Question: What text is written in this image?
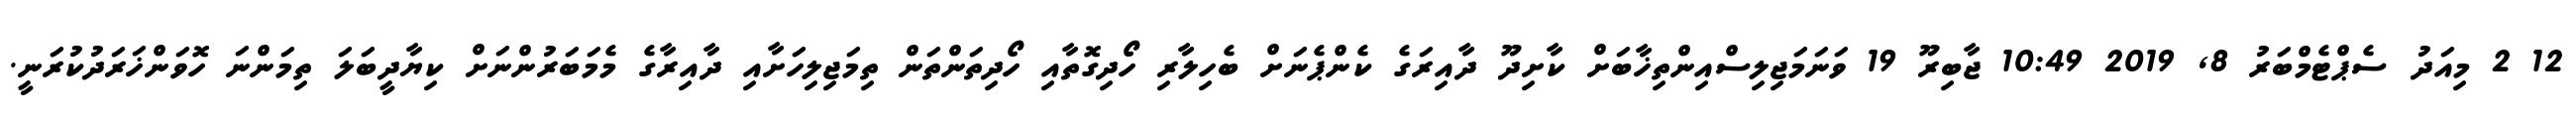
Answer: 12 2 މިއަދު ސެޕްޓެމްބަރު 8, 2019 10:49 ޖާބިރޫ 19 ވަނަމަޖިލިސްއިންތިޚާބަށް ކާށިދޫ ދާއިރަގެ ކެންޕެނަށް ބެހިލާރި ހޯދިގޮތާއި ހޯދިތަންތަން ތިމަޖިލިހަށާއި ދާއިރާގެ މެމަބަރުންނަށް ކިޔާދީބަލަ ތިމަންނަ ހޮވަންޚަރަދުކުރަނީ.